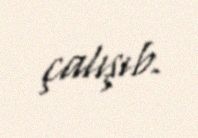
çalışıb.